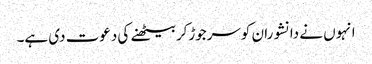
انہوں نے دانشوران کوسرجوڑکربیٹھنے کی دعوت دی ہے۔